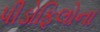
પીડોફિલોના